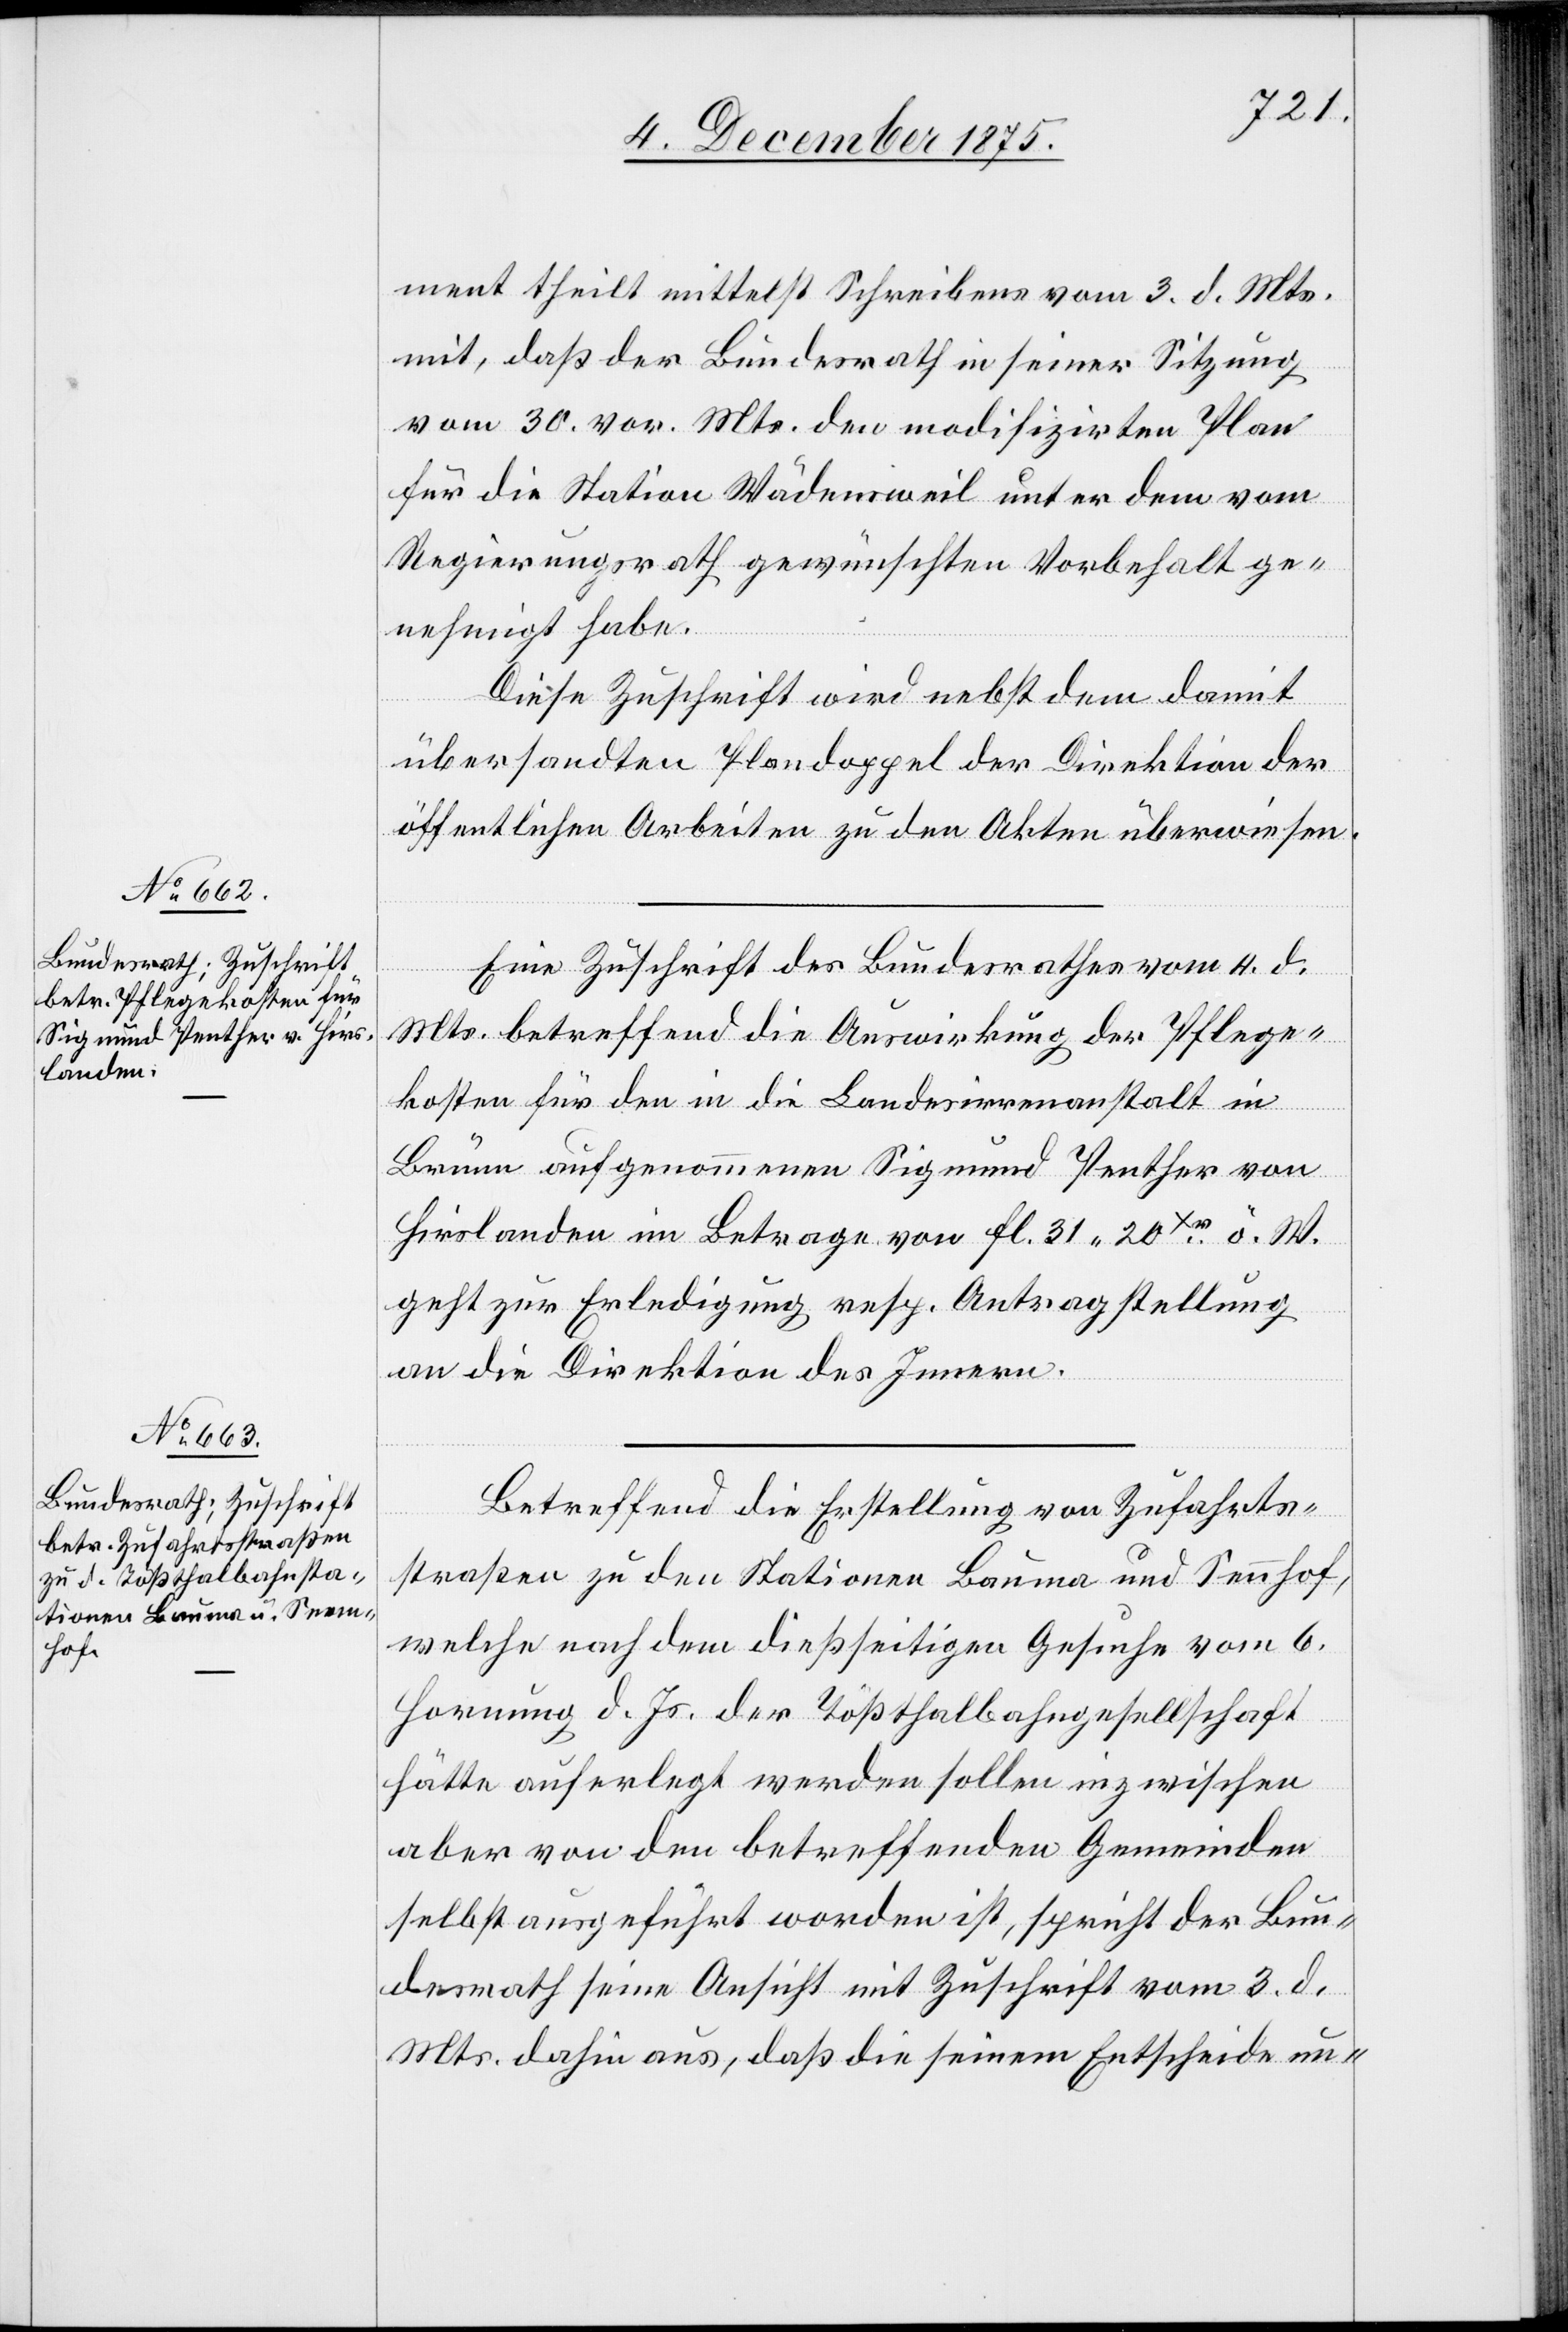
8. December 1875.]
ment theilt mittelst Schreibens vom 3. d. Mts.
mit, daß der Bundesrath in seiner Sitzung
vom 30. vor. Mts. den modifizirten Plan
für die Station Wädensweil unter dem vom
Regierungsrath gewünschten Vorbehalt ge¬
nehmigt habe.
Diese Zuschrift wird nebst dem damit
übersandten Plandoppel der Direktion der
öffentlichen Arbeiten zu den Akten überwiesen.
Eine Zuschrift des Bundesrathes vom 4. d.
Mts. betreffend die Auswirkung der Pflege¬
kosten für den in die Landesirrenanstalt in
n[ge]-
Brunn aufgenommenen Sigmund Penther von
Hirslanden im Betrage von Fl. 31 20xr ö. W.
geht zur Erledigung resp. Antragstellung
an die Direktion des Innern.
Betreffend die Erstellung von Zufahrts¬
straßen zu den Stationen Bauma und Sennhof,
welche nach dem dießseitigen Gesuche vom 6.
Hornung d. Js. der Tößthalbahngesellschaft
hätte auferlegt werden sollen inzwischen
aber von den betreffenden Gemeinden
selbst ausgeführt worden ist, spricht der Bun¬
desrath seine Ansicht mit Zuschrift vom 3. d.
Mts. dahin aus, daß die seinem Entscheide u¬